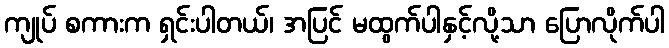
ကျုပ် စကားက ရှင်းပါတယ်၊ အပြင် မထွက်ပါနှင့်လို့သာ ပြောလိုက်ပါ